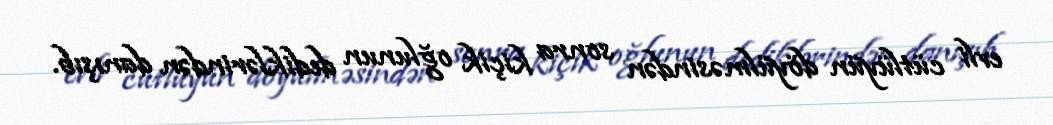
evli cütlüyün döyülməsindən sonra kiçik oğlunun dediklərindən danışıb.